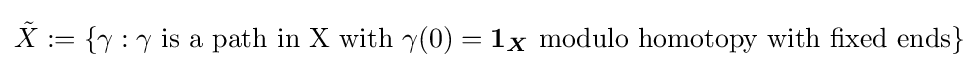
{\tilde {X}}:=\{\gamma :\gamma {\text{ is a path in X with  }}\gamma (0)={\boldsymbol {1_{X}}}{\text{ modulo homotopy with fixed ends}}\}